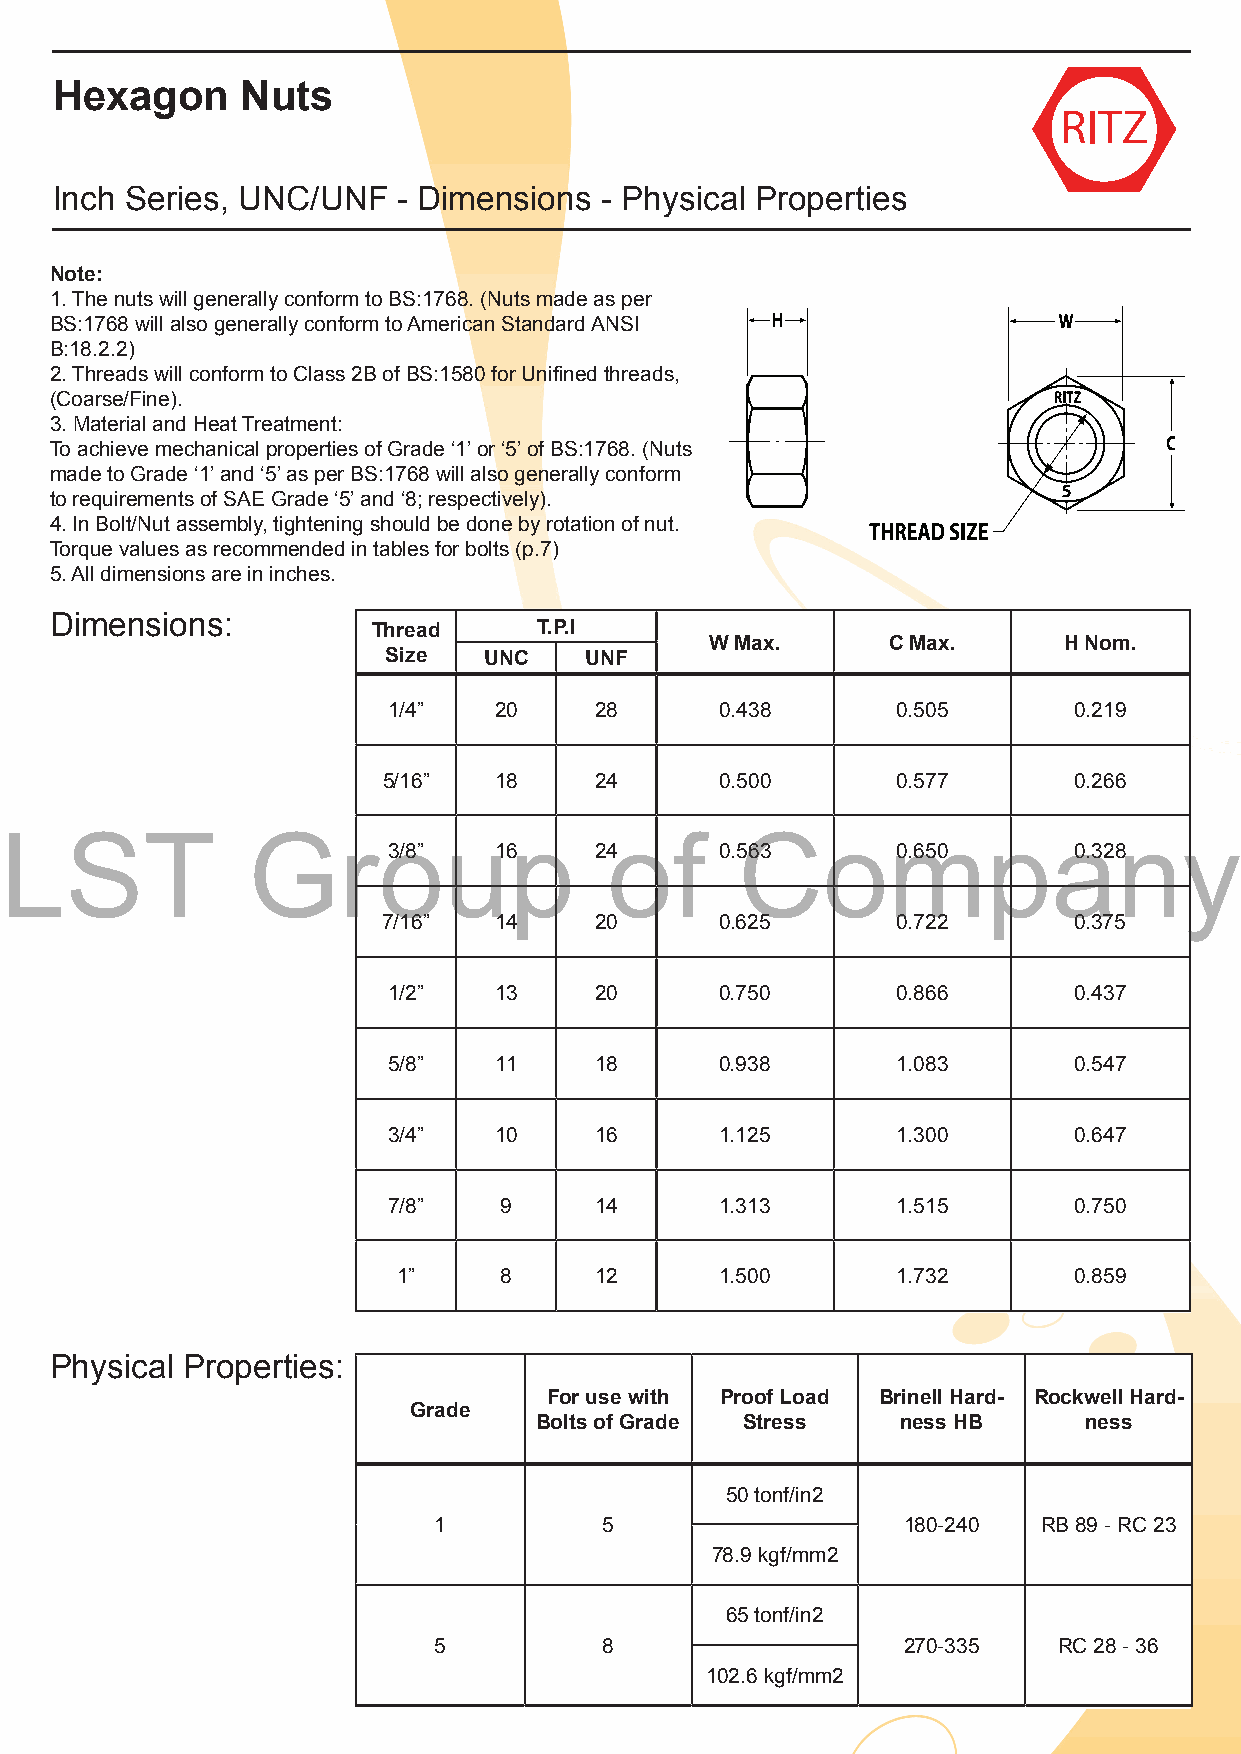
Hexagon      Nuts
 Inch Series, UNC/UNF   - Dimensions  - Physical Properties
 Note:
 1. The nuts will generally conform to BS:1768. (Nuts made as per
 BS:1768 will also generally conform to American Standard ANSI
 B:18.2.2)
 2. Threads will conform to Class 2B of BS:1580 for Unifined threads,
 (Coarse/Fine).
 3. Material and Heat Treatment:
 To achieve mechanical properties of Grade ‘1’ or ‘5’ of BS:1768. (Nuts
 made to Grade ‘1’ and ‘5’ as per BS:1768 will also generally conform
 to requirements of SAE Grade ‘5’ and ‘8; respectively).
 4. In Bolt/Nut assembly, tightening should be done by rotation of nut.
 Torque values as recommended in tables for bolts (p.7)
 5. All dimensions are in inches.
 Dimensions:
 Thread     T.P.I
 W Max.      C Max.     H Nom.
 Size  UNC    UNF
 1/4”   20    28       0.438      0.505       0.219
 5/16”   18    24       0.500      0.577       0.266
 LST             Group                   of       Company
 3/8”   16    24       0.563      0.650       0.328
 7/16”   14    20       0.625      0.722       0.375
 1/2”   13    20       0.750      0.866       0.437
 5/8”   11    18       0.938      1.083       0.547
 3/4”   10    16       1.125      1.300       0.647
 7/8”   9     14       1.313      1.515       0.750
 1”     8     12       1.500      1.732       0.859
 Physical Properties:
 For use with Proof Load Brinell Hard- Rockwell Hard-
 Grade
 Bolts of Grade Stress    ness HB     ness
 50 tonf/in2
 1          5                   180-240  RB 89 - RC 23
 78.9 kgf/mm2
 65 tonf/in2
 5          8                   270-335   RC 28 - 36
 102.6 kgf/mm2